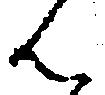
ん